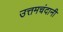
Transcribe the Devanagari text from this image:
उत्तमचंदानी